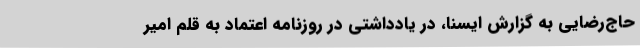
حاج‌رضایی به گزارش ایسنا، در یادداشتی در روزنامه اعتماد به قلم امیر